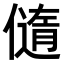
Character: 𠏍